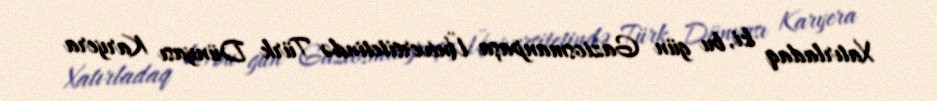
Xatırladaq ki, bu gün Gaziosmanpaşa Üniversitetində Türk Dünyası Karyera